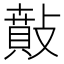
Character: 𢿠